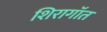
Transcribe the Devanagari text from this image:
शिरागॉत